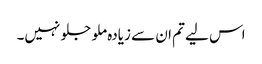
اس لیے تم ان سے زیادہ ملو جلو نہیں۔